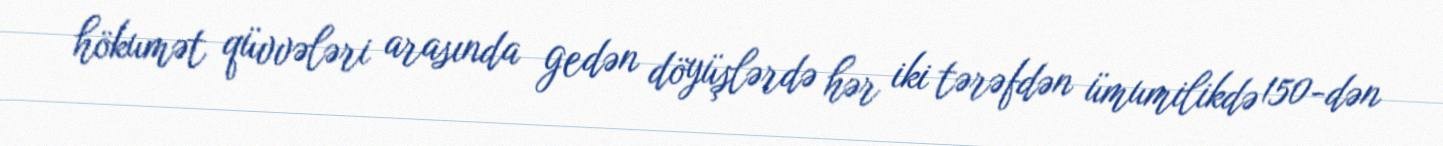
hökumət qüvvələri arasında gedən döyüşlərdə hər iki tərəfdən ümumilikdə 150-dən